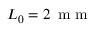
L _ { 0 } = 2 \, \mathrm { ~ m ~ m ~ }